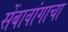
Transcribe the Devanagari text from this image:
सेंबावांगाचा